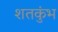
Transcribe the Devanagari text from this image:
शतकुंभ